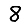
Digit: 8